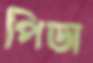
পিডা